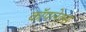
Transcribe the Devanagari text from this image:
कॉपलेक्स